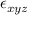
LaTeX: \epsilon _ { x y z }